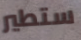
ستطير